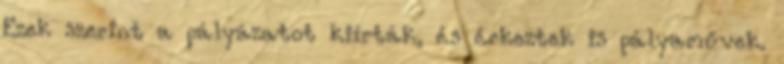
Ezek szerint a pályázatot kiírták, és érkeztek is pályaművek.